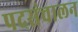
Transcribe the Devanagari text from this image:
पदसंचालन